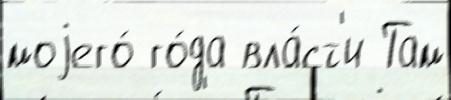
моjего́ го́да вла́ст'и Там